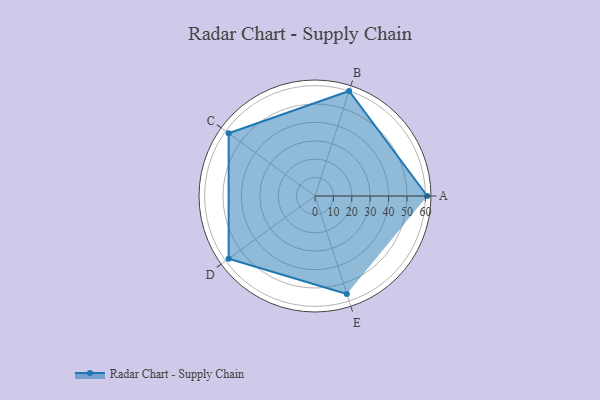
{"axis": {"x": "Skill", "y": "Score"}, "legend": ["Profile"], "data": [{"x": "A", "y": 61.0, "type": "Profile"}, {"x": "B", "y": 60.0, "type": "Profile"}, {"x": "C", "y": 58.0, "type": "Profile"}, {"x": "D", "y": 58.0, "type": "Profile"}, {"x": "E", "y": 56.0, "type": "Profile"}]}